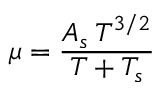
\mu = \frac { A _ { s } \: T ^ { 3 / 2 } } { T + T _ { s } }